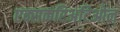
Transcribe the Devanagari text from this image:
एक्सकरिअटिओन्